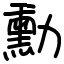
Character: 勳